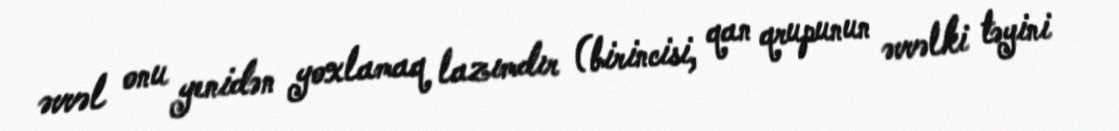
əvvəl onu yenidən yoxlamaq lazımdır (birincisi, qan qrupunun əvvəlki təyini